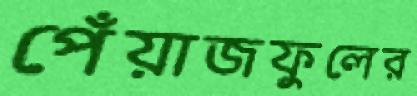
পেঁয়াজফুলের